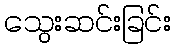
သွေးဆင်းခြင်း